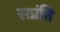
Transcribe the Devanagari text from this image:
सप्रंति